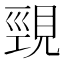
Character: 𮗒